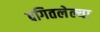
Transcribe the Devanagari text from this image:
बगितलेल्या